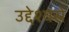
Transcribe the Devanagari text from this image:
उद्देश्‍यसे